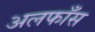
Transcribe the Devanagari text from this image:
अलफाँस